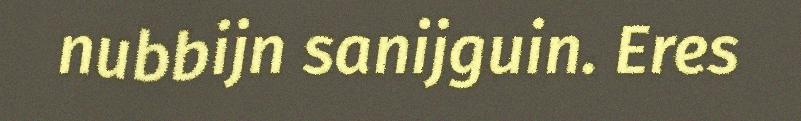
nubbijn sanijguin. Eres